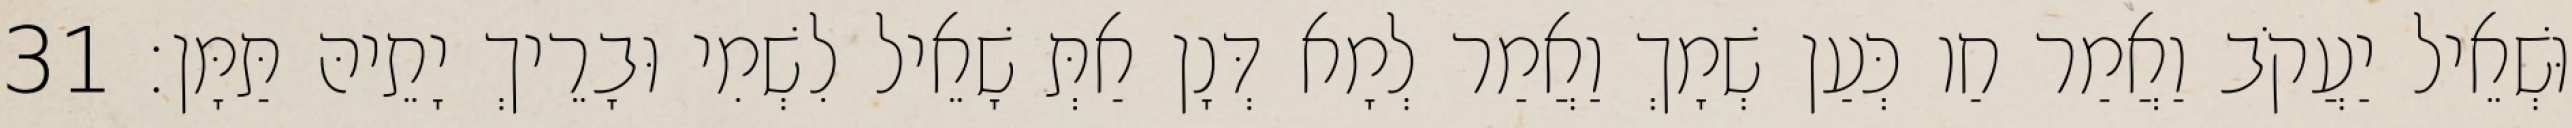
וּשְׁאֵיל יַעֲקֹב וַאֲמַר חַו כְּעַן שְׁמָךְ וַאֲמַר לְמָא דְּנָן אַתְּ שָׁאֵיל לִשְׁמִי וּבָרֵיךְ יָתֵיהּ תַּמָּן׃ 31